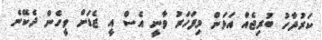
ކަރުދާހު ބުރިޖެއް އަޅަން މިފަހަރު ވާނީ އެސް އީ ޒެޑަށް ވީހެން ދެކޭނެ